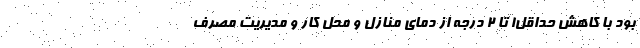
بود با کاهش حداقل۱ تا ۲ درجه از دمای منازل و محل کار و مدیریت مصرف